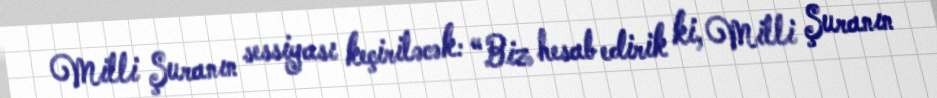
Milli Şuranın sessiyası keçiriləcək: “Biz hesab edirik ki, Milli Şuranın